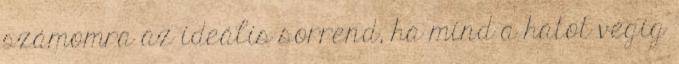
számomra az ideális sorrend, ha mind a hatot végig